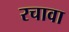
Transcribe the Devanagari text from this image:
रचावा